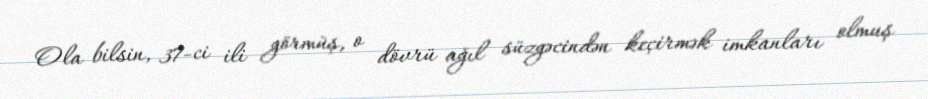
Ola bilsin, 37-ci ili görmüş, o dövrü ağıl süzgəcindən keçirmək imkanları olmuş